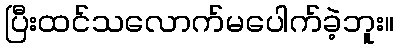
ပြီးထင်သလောက်မပေါက်ခဲ့ဘူး။